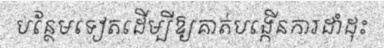
បន្ថែមទៀតដើម្បីឱ្យគាត់បង្កើនការដាំដុះ